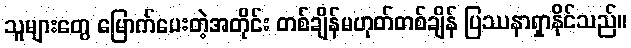
သူများတွေ မြောက်ပေးတဲ့အတိုင်း တစ်ချိန်မဟုတ်တစ်ချိန် ပြဿနာရှာနိုင်သည်။